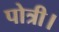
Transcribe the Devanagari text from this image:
पोत्री।